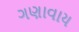
ગણાવાય